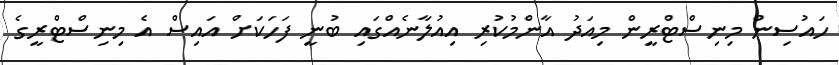
ހައުސިން މިނިސްޓްރީން މިއަދު އާންމުކުރި އިއުލާނެއްގައި ބުނީ ފަހަކަށް އައިސް އެ މިނިސްޓްރީގެ